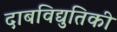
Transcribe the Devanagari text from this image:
दाबविद्युतिकी